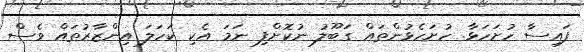
ފައިސާ ހުށަހަޅާ. ހުށަހެޅުންތައް ގަބޫލު ނުކޮށްފި ނަމަ އެކި ކަހަލަ އިންޒާރުތައް ވެސް